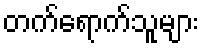
တက်ရောက်သူများ